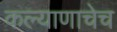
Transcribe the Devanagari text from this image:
कल्याणाचेच